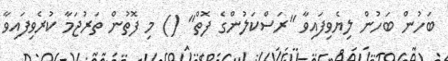
ބަހުން ބަހުން ލިޔެވިފައިވާ "ރަސްކަލުންގެ ފޮތް" () މި ފޮތުން ތަރުޖަމާ ކުރެވިފައިވާ